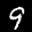
Label: 9